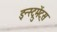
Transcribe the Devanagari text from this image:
इन्स्ट्रुमेंट्‌स